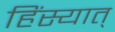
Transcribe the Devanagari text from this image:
हिंस्यात्‌